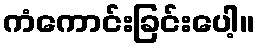
ကံကောင်းခြင်းပေါ့။